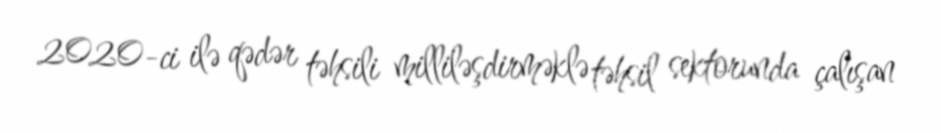
2020-ci ilə qədər təhsili milliləşdirməklə təhsil sektorunda çalışan